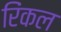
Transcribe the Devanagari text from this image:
रिंकल